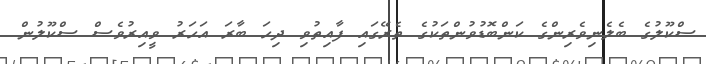
ސްކޫލުގެ ބެލެނިވެރިންގެ ކަންބޮޑުވުންތަކުގެ ތެރޭގައި ފާއިތުވި ދިހަ ބާރަ އަހަރު ވީއިރުވެސް ސްކޫލުން